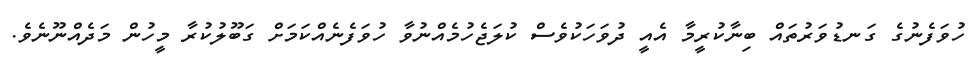
ހުވަފެނުގެ ގަނޑުވަރުތައް ބިނާކުރީމާ އެއީ ދުވަހަކުވެސް ކުލަޖެހުމެއްނުވާ ހުވަފެނެއްކަމަށް ގަބޫލުކުރާ މީހުން މަދެއްނޫނެވެ.